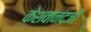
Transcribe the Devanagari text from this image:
केशवानंदजी